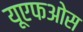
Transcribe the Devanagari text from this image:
यूएफओस